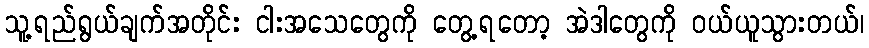
သူ့ရည်ရွယ်ချက်အတိုင်း ငါးအသေတွေကို တွေ့ရတော့ အဲဒါတွေကို ဝယ်ယူသွားတယ်၊